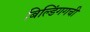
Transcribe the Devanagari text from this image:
बिल्डिंगगची